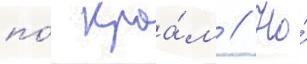
по́ краа́м // Но́